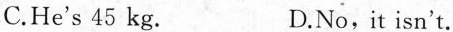
C.He's 45 kg. D.No, it isn't.